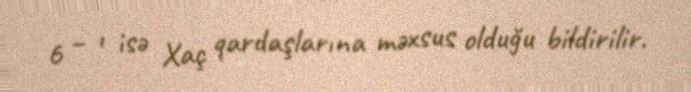
6 – ı isə Xaç qardaşlarına məxsus olduğu bildirilir.